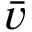
\bar { v }